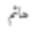
ھائم